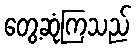
တွေ့ဆုံကြသည်